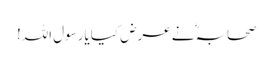
صحابہؓ نے عرض کیا یارسول اللہ!